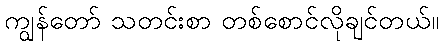
ကျွန်တော် သတင်းစာ တစ်စောင်လိုချင်တယ်။